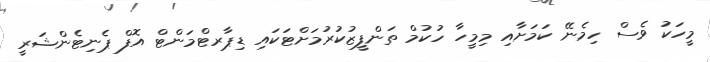
މީހަކު ވެސް ހިމެނޭ ކަމަށާއި މިމީހާ ހުކުމް ތަންފީޒުކުރުމަށްޓަކައި ޑިޕާރޓްމަންޓް އޮފް ޕެނިޓެންޝަރީ